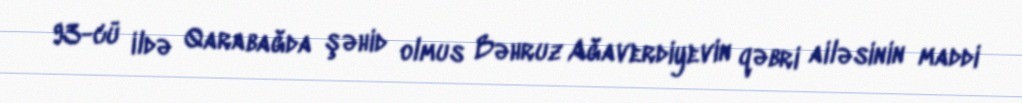
93-cü ildə Qarabağda şəhid olmus Bəhruz Ağaverdiyevin qəbri ailəsinin maddi